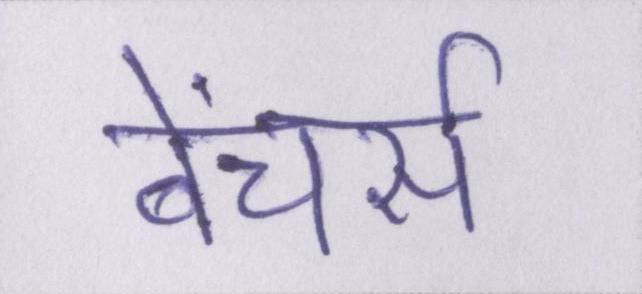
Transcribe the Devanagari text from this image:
बेंचर्स